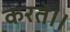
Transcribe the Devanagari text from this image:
करते।।